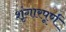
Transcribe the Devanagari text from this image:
शृंगारपूर्ण